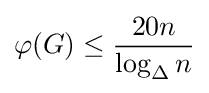
\varphi (G)\leq {\frac {20n}{\log _{\Delta }n}}